Indian journal of veterinary science and animal husbandry - Volume 12,
Year: 1942
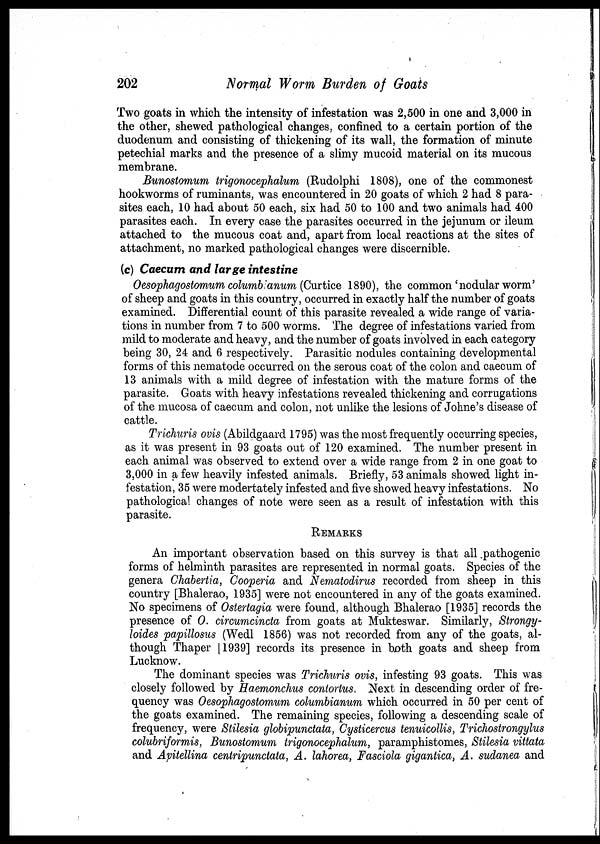
202
Normal Worm Burden of Goats
Two goats in which the intensity of infestation was 2,500 in one and 3,000 in
the other, shewed pathological changes, confined to a certain portion of the
duodenum and consisting of thickening of its wall, the formation of minute
petechial marks and the presence of a slimy mucoid material on its mucous
membrane.
Bunostomum trigonocephalum (Rudolphi 1808), one of the commonest
hookworms of ruminants, was encountered in 20 goats of which 2 had 8 para-
sites each, 10 had about 50 each, six had 50 to 100 and two animals had 400
parasites each. In every case the parasites occurred in the jejunum or ileum
attached to the mucous coat and, apart from local reactions at the sites of
attachment, no marked pathological changes were discernible.
(c) Caecum and large intestine
Oesophagostomum columb anum (Curtice 1890), the common'nodular worm'
of sheep and goats in this country, occurred in exactly half the number of goats
examined. Differential count of this parasite revealed a wide range of varia-
tions in number from 7 to 500 worms. The degree of infestations varied from
mild to moderate and heavy, and the number of goats involved in each category
being 30, 24 and 6 respectively. Parasitic nodules containing developmental
forms of this nematode occurred on the serous coat of the colon and caecum of
13 animals with a mild degree of infestation with the mature forms of the
parasite. Goats with heavy infestations revealed thickening and corrugations
of the mucosa of caecum and colon, not unlike the lesions of Johne's disease of
cattle.
Trichuris ovis (Abildgaard 1795) was the most frequently occurring species,
as it was present in 93 goats out of 120 examined. The number present in
each animal was observed to extend over a wide range from 2 in one goat to
3,000 in a few heavily infested animals. Briefly, 53 animals showed light in-
festation, 35 were modertately infested and five showed heavy infestations. No
pathological changes of note were seen as a result of infestation with this
parasite.
REMARKS
An important observation based on this survey is that all pathogenic
forms of helminth parasites are represented in normal goats. Species of the
genera Chabertia, Cooperia and Nematodirus recorded from sheep in this
country [Bhalerao, 1935] were not encountered in any of the goats examined.
No specimens of Ostertagia were found, although Bhalerao [1935] records the
presence of 0. circumcincta from goats at Mukteswar. Similarly, Strongy-
loides papillosus (Wedl 1856) was not recorded from any of the goats, al-
though Thaper [1939] records its presence in both goats and sheep from
Lucknow.
The dominant species was Trichuris ovis, infesting 93 goats. This was
closely followed by Haemonchus contortus Next in descending order of fre-
quency was Oesophagostomum columbianum which occurred in 50 per cent of
the goats examined. The remaining species, following a descending scale of
frequency, were Stilesia globipunctata, Cysticercus tenuicollis, Trichostrongylus
colubriformis, Bunostomum trigonocephalum, paramphistomes, Stilesia vittata
and Avitellina centripunctata, A. lahorea, Fasciola gigantica, A. sudanea and